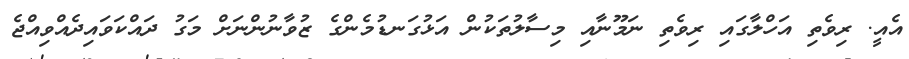
އެއީ. ރިވެތިި އަހްލާގައި ރިވެތި ނަމޫނާއި މިސާލުތަކުން އަޅުގަނޑުމެންގެ ޒުވާނުންނަށް މަގު ދައްކަވައިދެއްވިއްޖެ